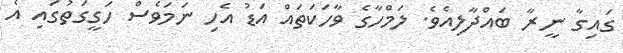
ގައިގާ ނީރާ ބައްދާލިއެވެ. ލަމްހާގެ ވާހަކަތައް އަޑު އެހި ނަމަވެސް ހަގީގަތުގައި އެ